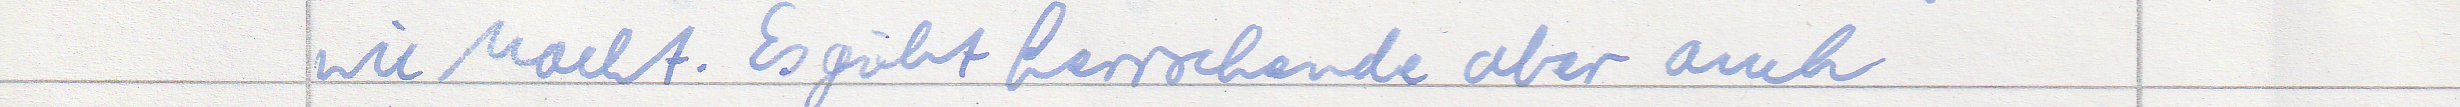
wie Macht. Es gibt herrschende aber auch